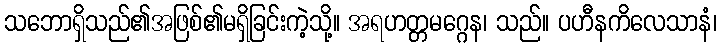
သဘောရှိသည်၏အဖြစ်၏မရှိခြင်းကဲ့သို့။ အရဟတ္တမဂ္ဂေန၊ သည်။ ပဟီနကိလေသာနံ၊